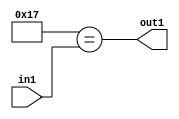
`timescale 1ps / 1ps
/*****************************************************************************
    Verilog RTL Description
    
    
    Created by: Stratus DpOpt 21.05.01 
*******************************************************************************/

module dut_Equal_1U_34_1 (
	in1,
	out1
	); /* architecture "behavioural" */ 
input [5:0] in1;
output  out1;
wire  asc001;

assign asc001 = (11'B00000010111==in1);

assign out1 = asc001;
endmodule

/* CADENCE  urb3TQA= : u9/ySxbfrwZIxEzHVQQV8Q== ** DO NOT EDIT THIS LINE ******/